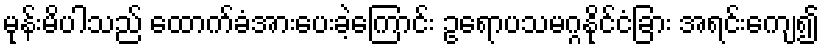
မုန်းမိပါသည် ထောက်ခံအားပေးခဲ့ကြောင်း ဥရောပသမဂ္ဂနိုင်ငံခြား အရင်းကျေ၍